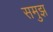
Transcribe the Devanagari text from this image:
समुझ